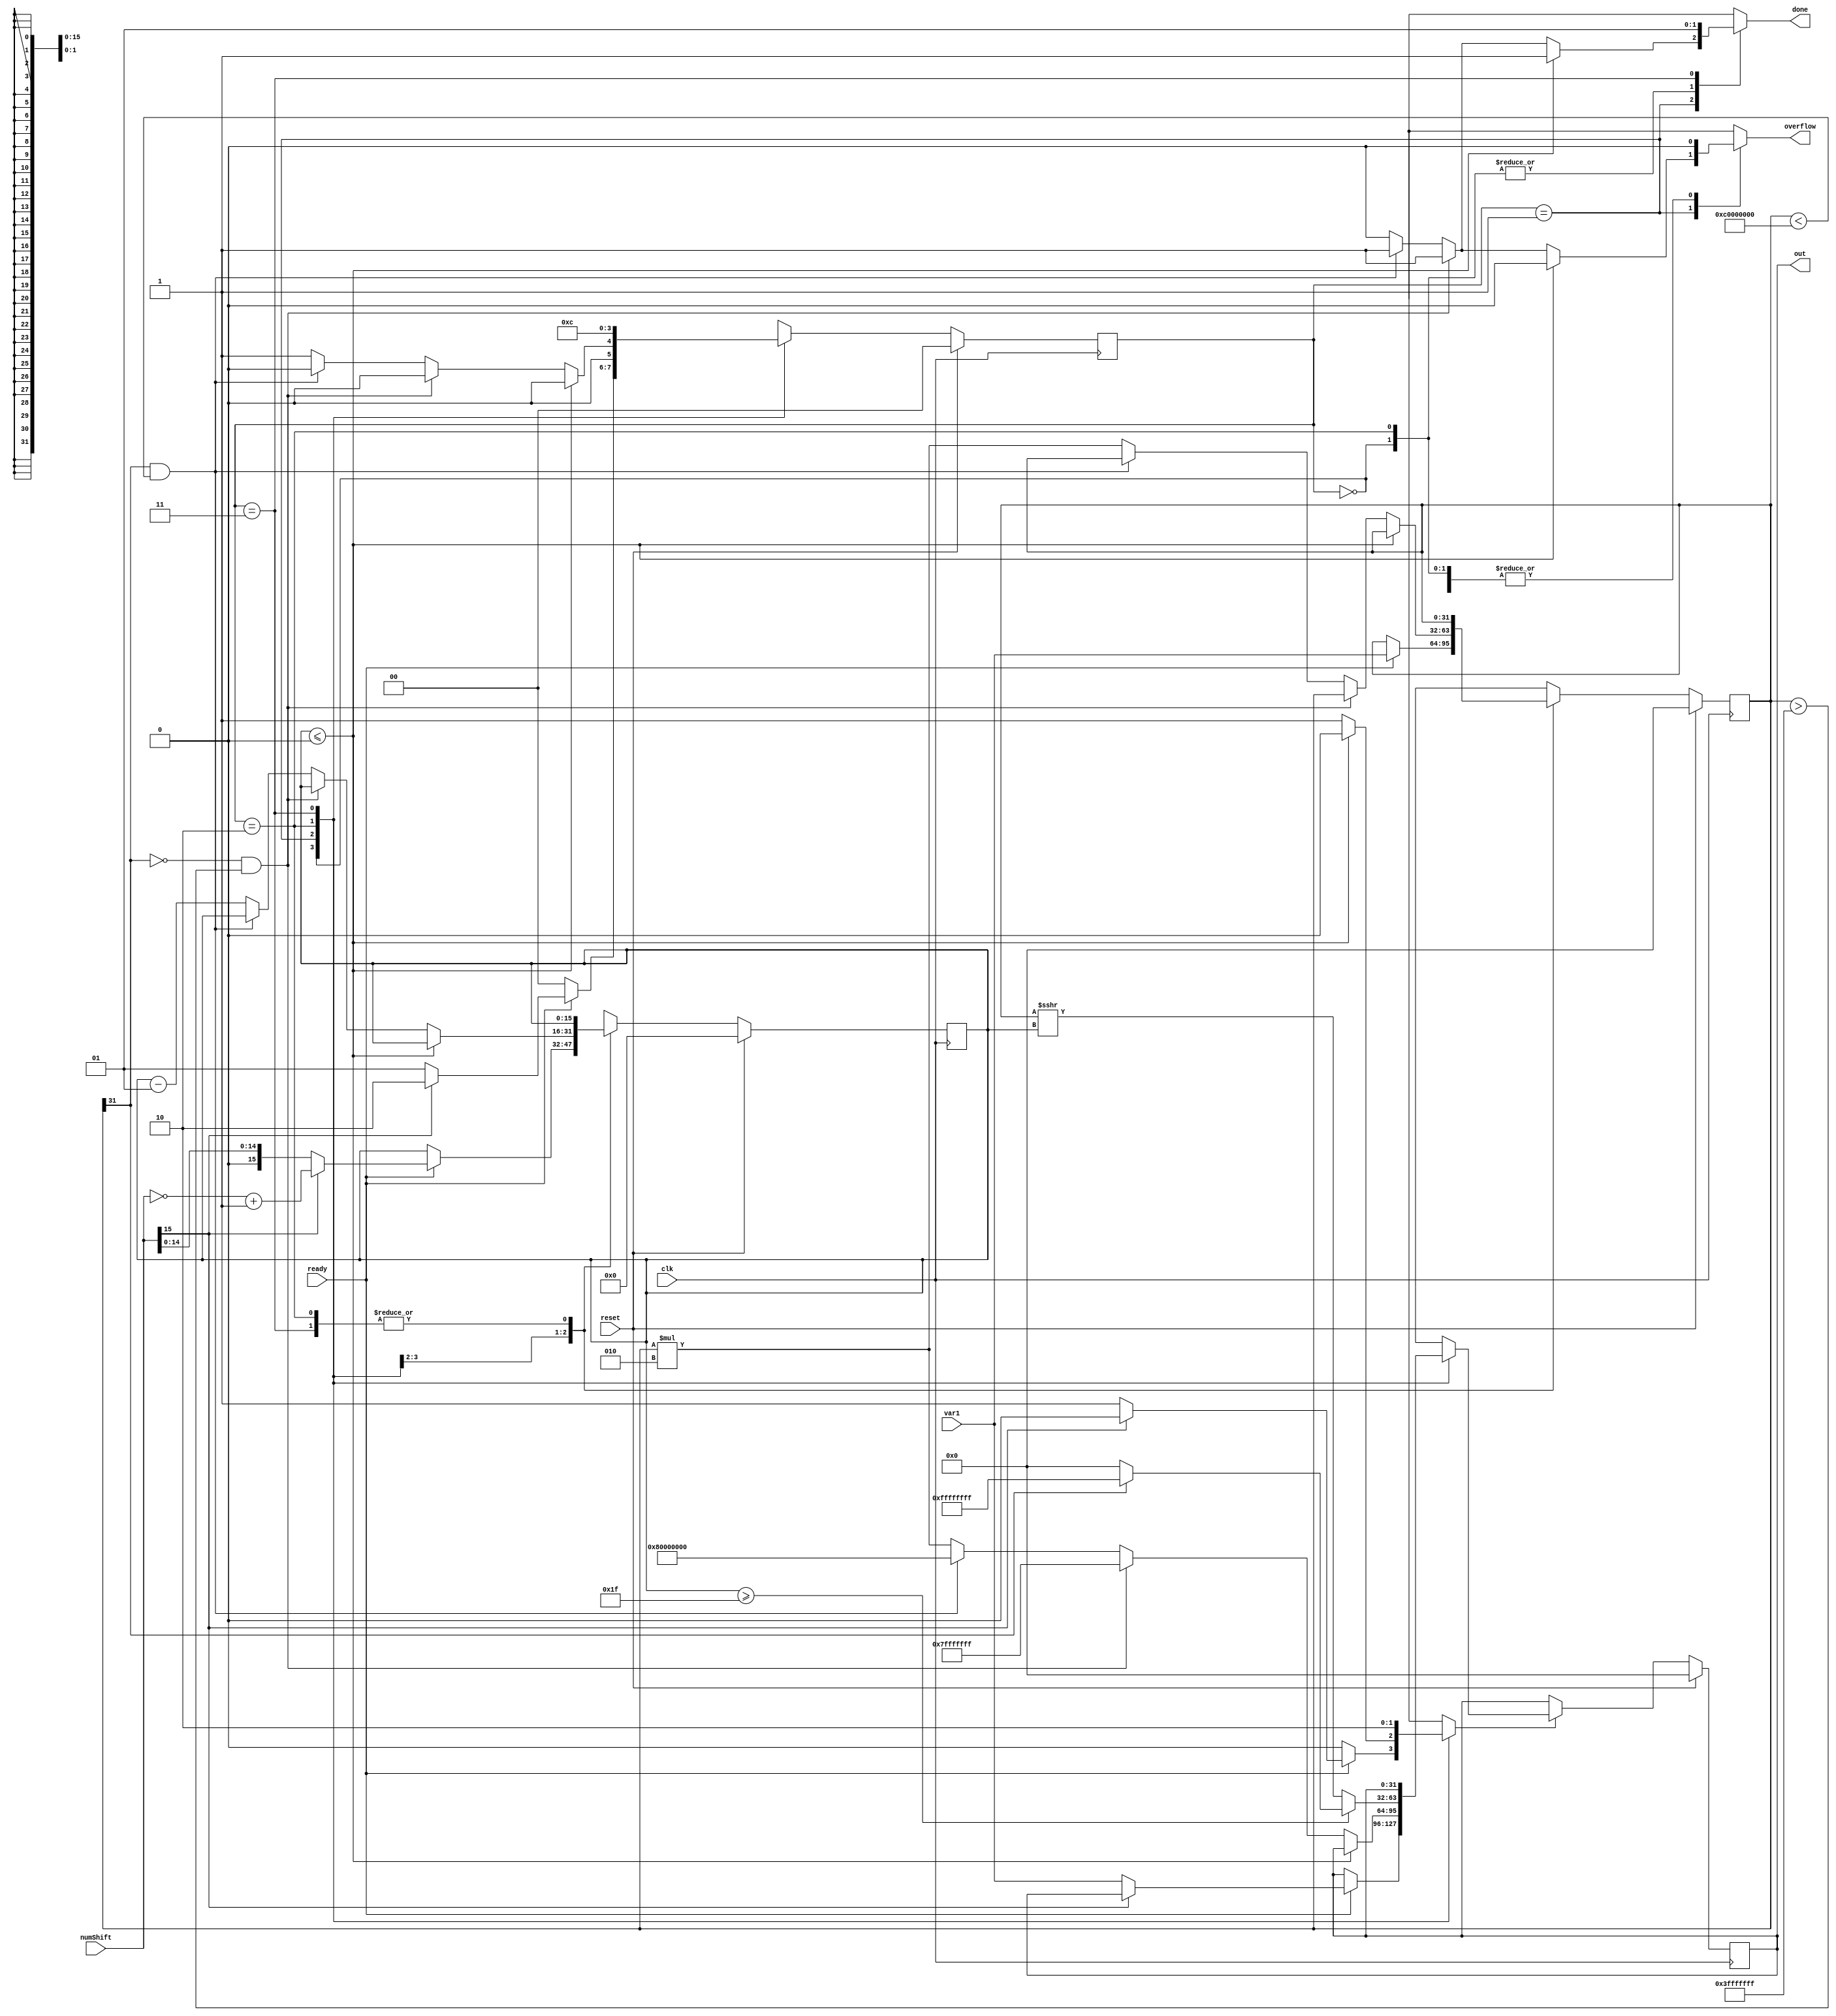
module L_shl(clk,reset,ready,overflow,var1,numShift,done,out);

//Inputs
input clk, reset,ready;
input [31:0] var1; 
input [15:0] numShift;

//Outputs
output reg done; 
output [31:0] out;
output reg overflow;

//Internal regs & wires
reg [1:0] state,nextstate;
reg signed [15:0] numShiftReg,next_numShiftReg;
reg signed [31:0] var1reg,next_var1reg;
reg signed [31:0] out,nextout;
reg outld;
wire [15:0] negNumShift;

//State parameters
parameter INIT = 2'd0;
parameter S1 = 2'd1;
parameter S2 = 2'd2;
parameter S3 = 2'd3;

//Max and min parameters
parameter OUTPUT_MAX = 32'h7fff_ffff;
parameter OUTPUT_MIN = 32'h8000_0000;
parameter INPUT_MAX = 32'h3fff_ffff;
parameter INPUT_MIN = 32'hc000_0000;

assign negNumShift = (~numShift) + 16'd1; 

//Flip flops
always @(posedge clk) 
begin
	if(reset) 
		state <= INIT;
	else
		state <= nextstate;
end

always @(posedge clk) 
begin
	if(reset)
		numShiftReg <= 0;
	else
		numShiftReg <= next_numShiftReg;
end

always @(posedge clk) 
begin
	if(reset)
		var1reg <= 0;
	else
		var1reg <= next_var1reg;
end

always @(posedge clk) 
begin
	if(reset)
		out <= 0;
	else if(outld)
		out <= nextout;
end


always @(*) begin
	
	next_numShiftReg = numShiftReg;
	next_var1reg = var1reg;
	nextout = out;
	outld = 0;
	nextstate = state;
	overflow = 0;
	done = 0;
	
	case(state)
	INIT: begin
		
		if(ready == 0)
				nextstate = INIT;
		
		else if(ready == 1)begin//else 1
	
			if(numShift[15] == 1) begin
				next_numShiftReg = negNumShift;
				next_var1reg = var1;
				nextstate = S2;
			end
			
			else 	
			begin
				next_numShiftReg = numShift;
				next_var1reg = var1;
				outld = 1;
				nextout = var1;
				nextstate = S1;
			end
		end //end else1
	end //end INIT
		
	S1:	begin
		nextstate = S1;
		
		if(numShiftReg <= 0) begin			
			done = 1;
			nextstate = INIT;
		end
		
		else begin //else 1			
			
			if((var1reg[31] == 0) && (var1reg > INPUT_MAX)) begin
				done = 1;
				overflow = 1;
				nextout = OUTPUT_MAX;
				outld = 1;
				nextstate = INIT;
			end //end if
			
			else if((var1reg[31] == 1) && (var1reg < INPUT_MIN)) begin //else 2
				done = 1; 
				overflow = 1;
				nextout = OUTPUT_MIN;
				outld = 1;
				nextstate = INIT;
			end //end else 2
			 
			else begin//else 3 
				next_numShiftReg = numShiftReg - 1;
				next_var1reg = var1reg * 2;
				nextout = next_var1reg;
				outld = 1;
				nextstate = S1;
			end//else 3
			
		end //end else 1
	end	//end S1
	
	S2:
	begin
		if(numShiftReg >= 31) 
		begin//if2
			if(var1reg[31] == 1)
			begin
				nextout = -1;
				outld = 1;
				nextstate = S3;
			end
			else if(var1reg[31] == 0)
			begin
				nextout = 0;
				outld = 1;
				nextstate = S3;
			end
		end//if2			
		else
		begin
			nextout = var1reg >>> numShiftReg;
			outld = 1;
			nextstate = S3;
		end
	end//S2
	
	S3:
	begin
		done = 1;
		nextstate = INIT;
	end//S3
	
endcase

end//always block

endmodule